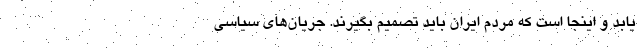
یابد و اینجا است که مردم ایران باید تصمیم بگیرند. جریان‌های سیاسی